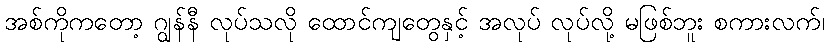
အစ်ကိုကတော့ ဂျွန်နီ လုပ်သလို ထောင်ကျတွေနှင့် အလုပ် လုပ်လို့ မဖြစ်ဘူး စကားလက်၊